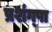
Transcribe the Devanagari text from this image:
प्रशंग्षा